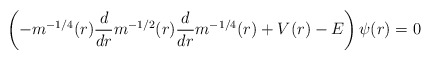
\begin{align*} \left(- m^{-1/4}(r) \frac{d}{dr} m^{-1/2}(r) \frac{d}{dr} m^{-1/4}(r) + V(r) - E\right) \psi(r) = 0\end{align*}